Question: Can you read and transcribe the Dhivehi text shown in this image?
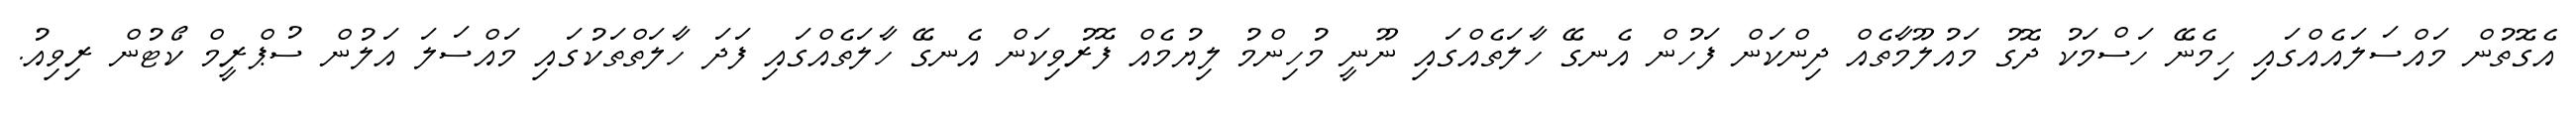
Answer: އެގޮތުން މައްސަލައެއްގައި ހިމެނޭ ހަސްމަކު ދޮގު މައުލޫމާތެއް ދިންކަން ފަހުން އެނގޭ ހާލަތެއްގައި ނޫނީ މުހިންމު ލިޔުމެއް ފޮރުވިކަން އެނގޭ ހާލަތެއްގައި ފަދަ ހާލަތްތަކުގައި މައްސަލަ އަލުން ސުޕްރީމް ކޯޓުން ރިވިއު.